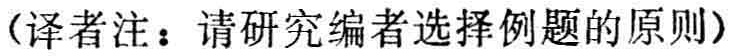
（译者注：请研究编者选择例题的原则）